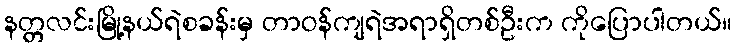
နတ္တလင်းမြို့နယ်ရဲစခန်းမှ တာဝန်ကျရဲအရာရှိတစ်ဦးက ကိုပြောပါတယ်။